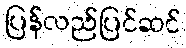
ပြန်လည်ပြင်ဆင်